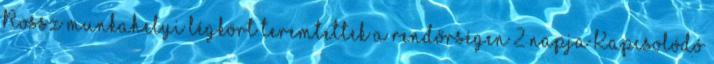
Rossz munkahelyi légkört teremtettek a rendőrségen 2 napja Kapcsolódó